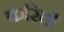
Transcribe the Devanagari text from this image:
करितों